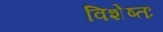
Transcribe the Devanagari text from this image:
विशेष्तः